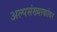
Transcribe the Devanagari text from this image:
अल्पसंख्याकांवर